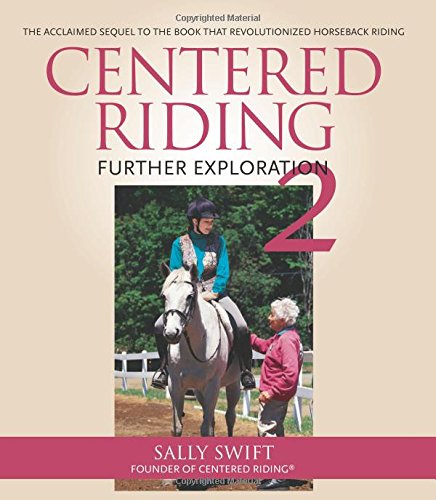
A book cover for Centered Riding 2: Further Exploration; Sally Swift; Crafts, Hobbies & Home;